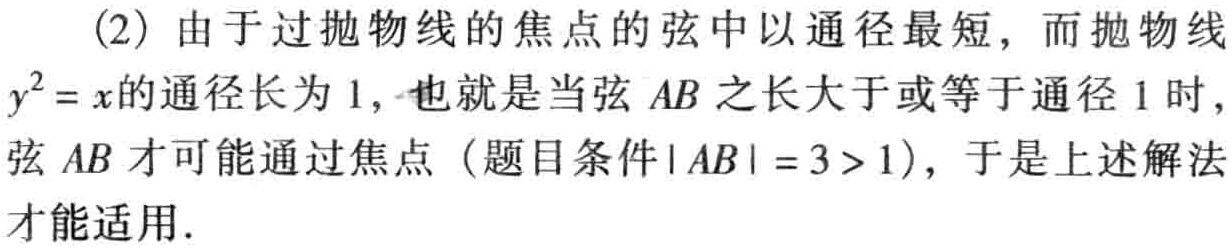
(2) 由于过抛物线的焦点的弦中以通径最短，而抛物线

\(y^{2}=x\)的通径长为 \(1\)，也就是当弦 \(AB\) 之长大于或等于通径 \(1\) 时，

弦 \(AB\) 才可能通过焦点（题目条件\(\vert AB\vert =3>1\)），于是上述解法

才能适用.